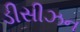
ડીસીઝન